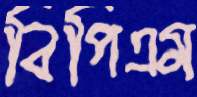
বিপিএম